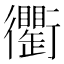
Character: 𧘆